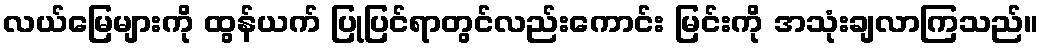
လယ်မြေများကို ထွန်ယက် ပြုပြင်ရာတွင်လည်းကောင်း မြင်းကို အသုံးချလာကြသည်။